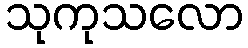
သုကုသလော